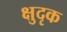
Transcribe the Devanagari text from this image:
क्षुदृक